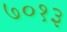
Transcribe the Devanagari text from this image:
७०१३